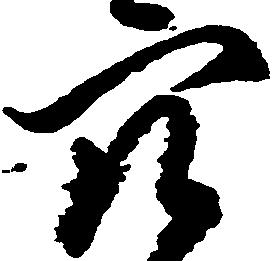
穴